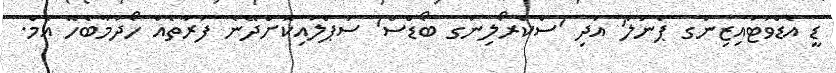
ޑީ އެޑްވަޓައިޒިންގ ޕެނަލް' އަދި 'ސްކްރޯލިންގ ބޯޑްސް' ސަޕްލައިކޮށްދޭނެ ފަރާތެއް ހޯދުމާބެހޭ އެމް.